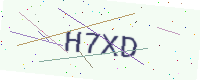
Text: H7XD